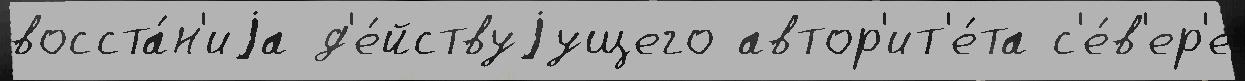
восста́н'иjа д'е́йствуjущего автор'ит'е́та с'е́в'ер'е